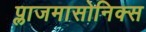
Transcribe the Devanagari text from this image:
प्लाजमासोनिक्स